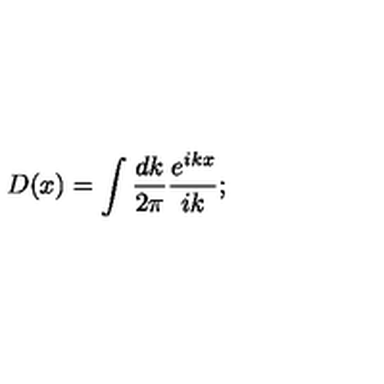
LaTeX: D ( x ) = \int \frac { d k } { 2 \pi } \frac { e ^ { i k x } } { i k } ;